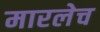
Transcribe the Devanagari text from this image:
मारलेच